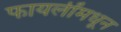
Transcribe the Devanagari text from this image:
फायलींमधून